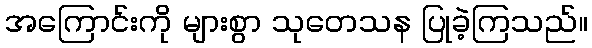
အကြောင်းကို များစွာ သုတေသန ပြုခဲ့ကြသည်။